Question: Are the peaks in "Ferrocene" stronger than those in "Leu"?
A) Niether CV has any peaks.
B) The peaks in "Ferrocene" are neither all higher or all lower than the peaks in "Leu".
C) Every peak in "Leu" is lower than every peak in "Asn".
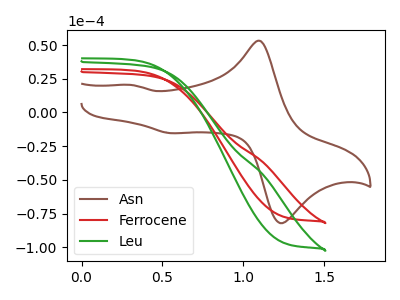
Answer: <think>The brown curve "Asn" has anodic peaks at (1.10V, 53.10uA) (0.30V, 20.40uA) and cathodic peaks at (1.25V, -81.25uA) (0.55V, -15.35uA). The red curve "Ferrocene" has no peaks. The green curve "Leu" has no peaks.</think>
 <answer>A) Niether CV has any peaks.</answer>
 <eval>A</eval>